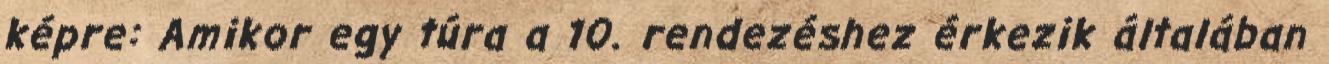
képre: Amikor egy túra a 10. rendezéshez érkezik általában